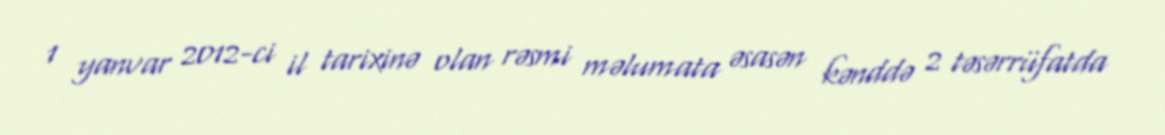
1 yanvar 2012-ci il tarixinə olan rəsmi məlumata əsasən kənddə 2 təsərrüfatda